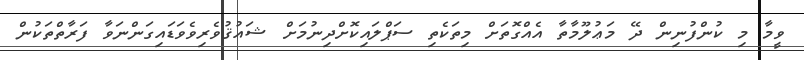
ވީމާ މި ކުންފުނިން ދޭ މަޢުލޫމާތާ އެއްގޮތަށް މިތަކެތި ސަޕްލައިކޮށްދިނުމަށް ޝައުޤުވެރިވެވަޑައިގަންނަވާ ފަރާތްތަކުން